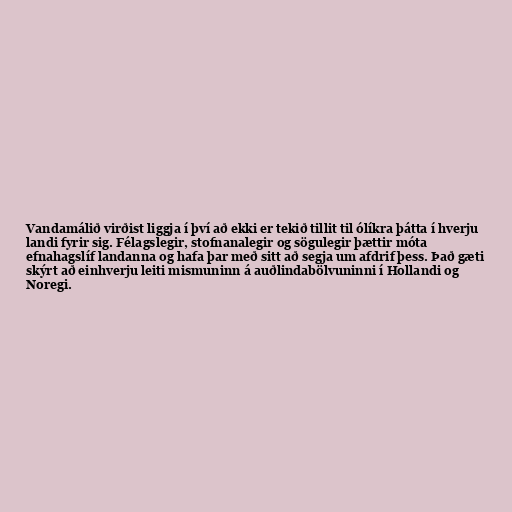
Vandamálið virðist liggja í því að ekki er tekið tillit til ólíkra þátta í hverju
landi fyrir sig. Félagslegir, stofnanalegir og sögulegir þættir móta
efnahagslíf landanna og hafa þar með sitt að segja um afdrif þess. Það gæti
skýrt að einhverju leiti mismuninn á auðlindabölvuninni í Hollandi og
Noregi.